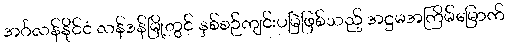
အင်္ဂလန်နိုင်ငံ လန်ဒန်မြို့တွင် နှစ်စဉ်ကျင်းပမြဲဖြစ်သည့် အဋ္ဌမအကြိမ်မြောက်